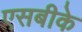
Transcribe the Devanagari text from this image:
एसबीके